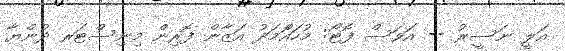
އަލީ ނަސީރު -- އަވަސް ފޮޓޯ: މުހައްަމަދު އަޒާން ފޮރިން މިނިސްޓަރ ދުންޔާ